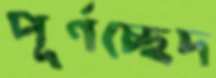
পূর্ণচ্ছেদ